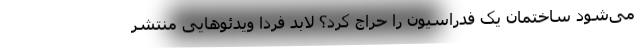
می‌شود ساختمان یک فدراسیون را حراج کرد؟ لابد فردا ویدئوهایی منتشر